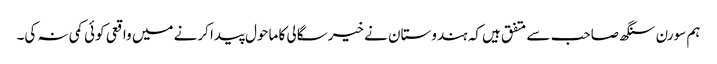
ہم سورن سنگھ صاحب سے متفق ہیں کہ ہندوستان نے خیرسگالی کا ماحول پیدا کرنے میں واقعی کوئی کمی نہ کی۔